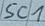
Text: SC1